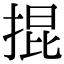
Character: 掍